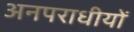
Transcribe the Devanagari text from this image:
अनपराधीयों